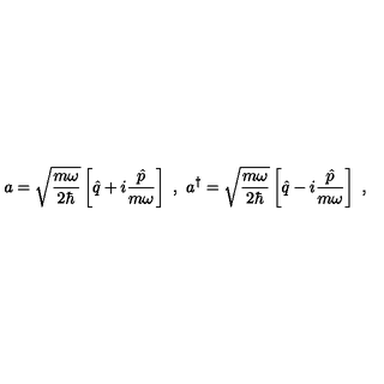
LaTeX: a = \sqrt { \frac { m \omega } { 2 \hbar } } \left[ \hat { q } + i \frac { \hat { p } } { m \omega } \right] \ , \ a ^ { \dagger } = \sqrt { \frac { m \omega } { 2 \hbar } } \left[ \hat { q } - i \frac { \hat { p } } { m \omega } \right] \ , \